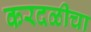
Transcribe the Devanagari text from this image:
करदळीचा